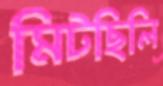
মিটছিলি